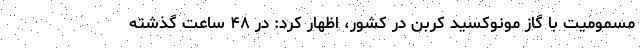
مسمومیت با گاز مونوکسید کربن در کشور، اظهار کرد: در ۴۸ ساعت گذشته